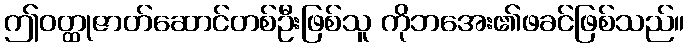
ဤဝတ္ထုဇာတ်ဆောင်တစ်ဦးဖြစ်သူ ကိုဘအေး၏ဖခင်ဖြစ်သည်။